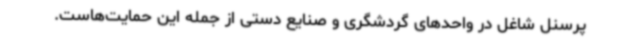
پرسنل شاغل در واحدهای گردشگری و صنایع دستی از جمله این حمایت‌هاست.